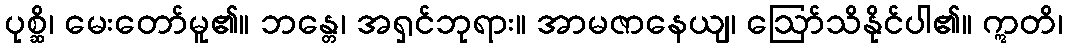
ပုစ္ဆိ၊ မေးတော်မူ၏။ ဘန္တေ၊ အရှင်ဘုရား။ အာမဇာနေယျ၊ ဩော်သိနိုင်ပါ၏။ ဣတိ၊